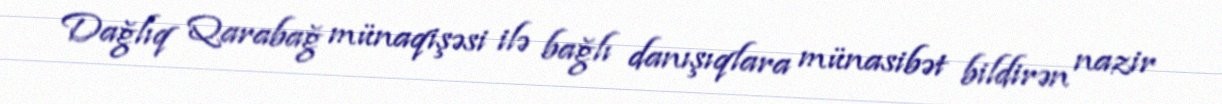
Dağlıq Qarabağ münaqişəsi ilə bağlı danışıqlara münasibət bildirən nazir